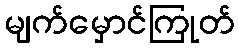
မျက်မှောင်ကြုတ်